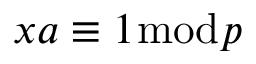
x a \equiv 1 { \bmod { p } }